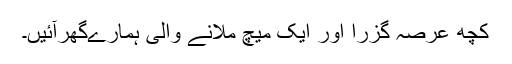
کچھ عرصہ گزرا اور ایک میچ ملانے والی ہمارےگھرآئیں۔